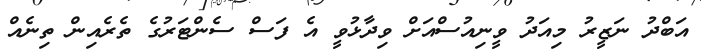
އަބްދު ނަޒީރު މިއަދު ވީނިއުސްއަށް ވިދާޅުވީ އެ ފަސް ސެންޓަރުގެ ތެރެއިން ތިނެއް